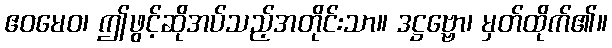
ဧဝမေဝ၊ ဤဖွင့်ဆိုအပ်သည့်အတိုင်းသာ။ ဒဋ္ဌဗ္ဗော၊ မှတ်ထိုက်၏။